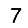
Digit: 7